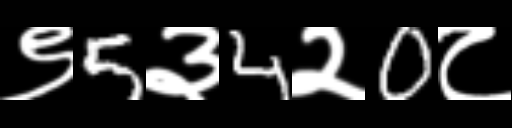
Text: ९5३4२0८